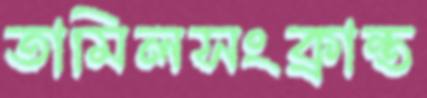
তামিলসংক্রান্ত